Indian journal of veterinary science and animal husbandry - Volume 1,
Year: 1931
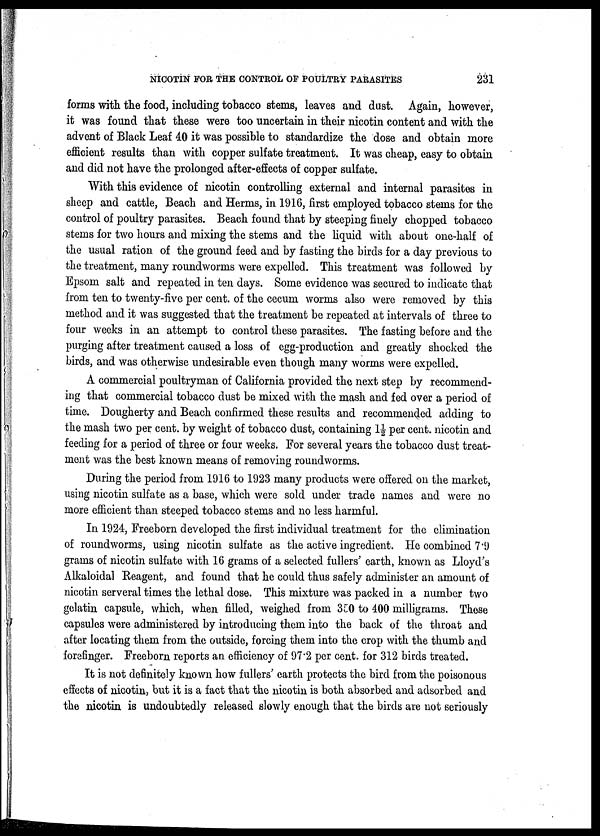
NICOTIN FOR THE CONTROL OF POULTRY PARASITES
231
forms with the food, including tobacco stems, leaves and dust. Again, however,
it was found that these were too uncertain in their nicotin content and with the
advent of Black Leaf 40 it was possible to standardize the dose and obtain more
efficient results than with copper sulfate treatment. It was cheap, easy to obtain
and did not have the prolonged after-effects of copper sulfate.
With this evidence of nicotin controlling external and internal parasites in
sheep and cattle, Beach and Herms, in 1916, first employed tobacco stems for the
control of poultry parasites. Beach found that by steeping finely chopped tobacco
stems for two hours and mixing the stems and the liquid with about one-half of
the usual ration of the ground feed and by fasting the birds for a day previous to
the treatment, many roundworms were expelled. This treatment was followed by
Epsom salt and repeated in ten days. Some evidence was secured to indicate that
from ten to twenty-five per cent. of the cecum worms also were removed by this
method and it was suggested that the treatment be repeated at intervals of three to
four weeks in an attempt to control these parasites. The fasting before and the
purging after treatment caused a loss of egg-production and greatly shocked the
birds, and was otherwise undesirable even though many worms were expelled.
A commercial poultryman of California provided the next step by recommend-
ing that commercial tobacco dust be mixed with the mash and fed over a period of
time. Dougherty and Beach confirmed these results and recommended adding to
the mash two per cent. by weight of tobacco dust, containing 1½ per cent. nicotin and
feeding for a period of three or four weeks. For several years the tobacco dust treat-
ment was the best known means of removing roundworms.
During the period from 1916 to 1923 many products were offered on the market,
using nicotin sulfate as a base, which were sold under trade names and were no
more efficient than steeped tobacco stems and no less harmful.
In 1924, Freeborn developed the first individual treatment for the elimination
of roundworms, using nicotin sulfate as the active ingredient. He combined 7.9
grams of nicotin sulfate with 16 grams of a selected fullers' earth, known as Lloyd's
Alkaloidal Reagent, and found that he could thus safely administer an amount of
nicotin serveral times the lethal dose. This mixture was packed in a number two
gelatin capsule, which, when filled, weighed from 350 to 400 milligrams. These
capsules were administered by introducing them into the back of the throat and
after locating them from the outside, forcing them into the crop with the thumb and
forefinger. Freeborn reports an efficiency of 97.2 per cent. for 312 birds treated.
It is not definitely known how fullers' earth protects the bird from the poisonous
effects of nicotin, but it is a fact that the nicotin is both absorbed and adsorbed and
the nicotin is undoubtedly released slowly enough that the birds are not seriously